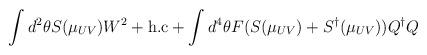
LaTeX: \begin{align*}\int d^2\theta S(\mu_{UV}) W^2+{\rm h.c}+\int d^4\theta F(S(\mu_{UV})+ S^\dagger(\mu_{UV}))Q^\dagger Q\end{align*}